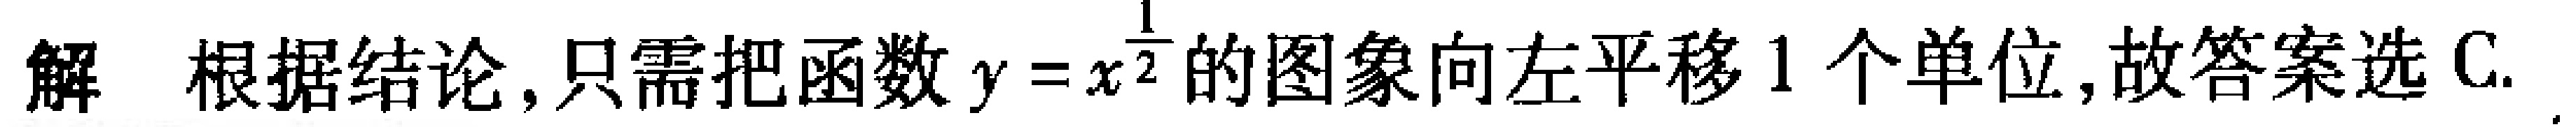
解 根据结论,只需把函数\(y = x^{\frac{1}{2}}\)的图象向左平移\(1\)个单位,故答案选C.